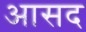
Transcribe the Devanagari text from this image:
आसद